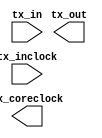
// megafunction wizard: %ALTLVDS_TX%VBB%
// GENERATION: STANDARD
// VERSION: WM1.0
// MODULE: ALTLVDS_TX 

// ============================================================
// Megafunction Name(s):
// 			ALTLVDS_TX
//
// Simulation Library Files(s):
// 			altera_mf
// ============================================================
// ************************************************************
// THIS IS A WIZARD-GENERATED FILE. DO NOT EDIT THIS FILE!
//
// 22.1std.0 Build 915 10/25/2022 SC Standard Edition
// ************************************************************

//Copyright (C) 2022  Intel Corporation. All rights reserved.
//Your use of Intel Corporation's design tools, logic functions 
//and other software and tools, and any partner logic 
//functions, and any output files from any of the foregoing 
//(including device programming or simulation files), and any 
//associated documentation or information are expressly subject 
//to the terms and conditions of the Intel Program License 
//Subscription Agreement, the Intel Quartus Prime License Agreement,
//the Intel FPGA IP License Agreement, or other applicable license
//agreement, including, without limitation, that your use is for
//the sole purpose of programming logic devices manufactured by
//Intel and sold by Intel or its authorized distributors.  Please
//refer to the applicable agreement for further details, at
//https://fpgasoftware.intel.com/eula.

module lvds_tx (
	tx_in,
	tx_inclock,
	tx_coreclock,
	tx_out);

	input	[9:0]  tx_in;
	input	  tx_inclock;
	output	  tx_coreclock;
	output	[0:0]  tx_out;

endmodule

// ============================================================
// CNX file retrieval info
// ============================================================
// Retrieval info: LIBRARY: altera_mf altera_mf.altera_mf_components.all
// Retrieval info: PRIVATE: CNX_CLOCK_CHOICES STRING "tx_coreclock"
// Retrieval info: PRIVATE: CNX_CLOCK_MODE NUMERIC "0"
// Retrieval info: PRIVATE: CNX_COMMON_PLL NUMERIC "1"
// Retrieval info: PRIVATE: CNX_DATA_RATE STRING "250.0"
// Retrieval info: PRIVATE: CNX_DESER_FACTOR NUMERIC "10"
// Retrieval info: PRIVATE: CNX_EXT_PLL STRING "OFF"
// Retrieval info: PRIVATE: CNX_LE_SERDES STRING "ON"
// Retrieval info: PRIVATE: CNX_NUM_CHANNEL NUMERIC "1"
// Retrieval info: PRIVATE: CNX_OUTCLOCK_DIVIDE_BY NUMERIC "1"
// Retrieval info: PRIVATE: CNX_PLL_ARESET NUMERIC "0"
// Retrieval info: PRIVATE: CNX_PLL_FREQ STRING "50.00"
// Retrieval info: PRIVATE: CNX_PLL_PERIOD STRING "20.000"
// Retrieval info: PRIVATE: CNX_REG_INOUT NUMERIC "0"
// Retrieval info: PRIVATE: CNX_TX_CORECLOCK STRING "ON"
// Retrieval info: PRIVATE: CNX_TX_LOCKED STRING "OFF"
// Retrieval info: PRIVATE: CNX_TX_OUTCLOCK STRING "OFF"
// Retrieval info: PRIVATE: CNX_USE_CLOCK_RESC STRING "Auto selection"
// Retrieval info: PRIVATE: CNX_USE_PLL_ENABLE NUMERIC "0"
// Retrieval info: PRIVATE: CNX_USE_TX_OUT_PHASE NUMERIC "1"
// Retrieval info: PRIVATE: INTENDED_DEVICE_FAMILY STRING "Cyclone 10 LP"
// Retrieval info: PRIVATE: pCNX_OUTCLK_ALIGN STRING "UNUSED"
// Retrieval info: PRIVATE: pINCLOCK_PHASE_SHIFT STRING "0.00"
// Retrieval info: PRIVATE: pOUTCLOCK_PHASE_SHIFT STRING "0.00"
// Retrieval info: CONSTANT: CENTER_ALIGN_MSB STRING "UNUSED"
// Retrieval info: CONSTANT: COMMON_RX_TX_PLL STRING "ON"
// Retrieval info: CONSTANT: CORECLOCK_DIVIDE_BY NUMERIC "2"
// Retrieval info: CONSTANT: clk_src_is_pll STRING "off"
// Retrieval info: CONSTANT: DATA_RATE STRING "250.0 Mbps"
// Retrieval info: CONSTANT: DESERIALIZATION_FACTOR NUMERIC "10"
// Retrieval info: CONSTANT: DIFFERENTIAL_DRIVE NUMERIC "0"
// Retrieval info: CONSTANT: ENABLE_CLOCK_PIN_MODE STRING "UNUSED"
// Retrieval info: CONSTANT: IMPLEMENT_IN_LES STRING "ON"
// Retrieval info: CONSTANT: INCLOCK_BOOST NUMERIC "0"
// Retrieval info: CONSTANT: INCLOCK_DATA_ALIGNMENT STRING "EDGE_ALIGNED"
// Retrieval info: CONSTANT: INCLOCK_PERIOD NUMERIC "20000"
// Retrieval info: CONSTANT: INCLOCK_PHASE_SHIFT NUMERIC "0"
// Retrieval info: CONSTANT: INTENDED_DEVICE_FAMILY STRING "Cyclone 10 LP"
// Retrieval info: CONSTANT: LPM_HINT STRING "UNUSED"
// Retrieval info: CONSTANT: LPM_TYPE STRING "altlvds_tx"
// Retrieval info: CONSTANT: MULTI_CLOCK STRING "OFF"
// Retrieval info: CONSTANT: NUMBER_OF_CHANNELS NUMERIC "1"
// Retrieval info: CONSTANT: OUTCLOCK_ALIGNMENT STRING "EDGE_ALIGNED"
// Retrieval info: CONSTANT: OUTCLOCK_DIVIDE_BY NUMERIC "1"
// Retrieval info: CONSTANT: OUTCLOCK_DUTY_CYCLE NUMERIC "50"
// Retrieval info: CONSTANT: OUTCLOCK_MULTIPLY_BY NUMERIC "1"
// Retrieval info: CONSTANT: OUTCLOCK_PHASE_SHIFT NUMERIC "0"
// Retrieval info: CONSTANT: OUTCLOCK_RESOURCE STRING "AUTO"
// Retrieval info: CONSTANT: OUTPUT_DATA_RATE NUMERIC "250"
// Retrieval info: CONSTANT: PLL_COMPENSATION_MODE STRING "AUTO"
// Retrieval info: CONSTANT: PLL_SELF_RESET_ON_LOSS_LOCK STRING "OFF"
// Retrieval info: CONSTANT: PREEMPHASIS_SETTING NUMERIC "0"
// Retrieval info: CONSTANT: REFCLK_FREQUENCY STRING "UNUSED"
// Retrieval info: CONSTANT: REGISTERED_INPUT STRING "OFF"
// Retrieval info: CONSTANT: USE_EXTERNAL_PLL STRING "OFF"
// Retrieval info: CONSTANT: USE_NO_PHASE_SHIFT STRING "ON"
// Retrieval info: CONSTANT: VOD_SETTING NUMERIC "0"
// Retrieval info: USED_PORT: tx_coreclock 0 0 0 0 OUTPUT NODEFVAL "tx_coreclock"
// Retrieval info: CONNECT: tx_coreclock 0 0 0 0 @tx_coreclock 0 0 0 0
// Retrieval info: USED_PORT: tx_in 0 0 10 0 INPUT NODEFVAL "tx_in[9..0]"
// Retrieval info: CONNECT: @tx_in 0 0 10 0 tx_in 0 0 10 0
// Retrieval info: USED_PORT: tx_inclock 0 0 0 0 INPUT NODEFVAL "tx_inclock"
// Retrieval info: CONNECT: @tx_inclock 0 0 0 0 tx_inclock 0 0 0 0
// Retrieval info: USED_PORT: tx_out 0 0 1 0 OUTPUT NODEFVAL "tx_out[0..0]"
// Retrieval info: CONNECT: tx_out 0 0 1 0 @tx_out 0 0 1 0
// Retrieval info: GEN_FILE: TYPE_NORMAL lvds_tx.v TRUE FALSE
// Retrieval info: GEN_FILE: TYPE_NORMAL lvds_tx.qip TRUE FALSE
// Retrieval info: GEN_FILE: TYPE_NORMAL lvds_tx.bsf TRUE TRUE
// Retrieval info: GEN_FILE: TYPE_NORMAL lvds_tx_inst.v TRUE TRUE
// Retrieval info: GEN_FILE: TYPE_NORMAL lvds_tx_bb.v TRUE TRUE
// Retrieval info: GEN_FILE: TYPE_NORMAL lvds_tx.inc TRUE TRUE
// Retrieval info: GEN_FILE: TYPE_NORMAL lvds_tx.cmp TRUE TRUE
// Retrieval info: GEN_FILE: TYPE_NORMAL lvds_tx.ppf TRUE FALSE
// Retrieval info: LIB_FILE: altera_mf
// Retrieval info: CBX_MODULE_PREFIX: ON